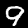
Label: 9